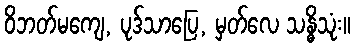
ဝိဘတ်မကျေ, ပုဒ်သာပြေ, မှတ်လေ သန္ဓိသုံး။